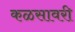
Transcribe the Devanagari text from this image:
कळसावरी